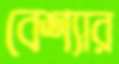
বেশ্যার